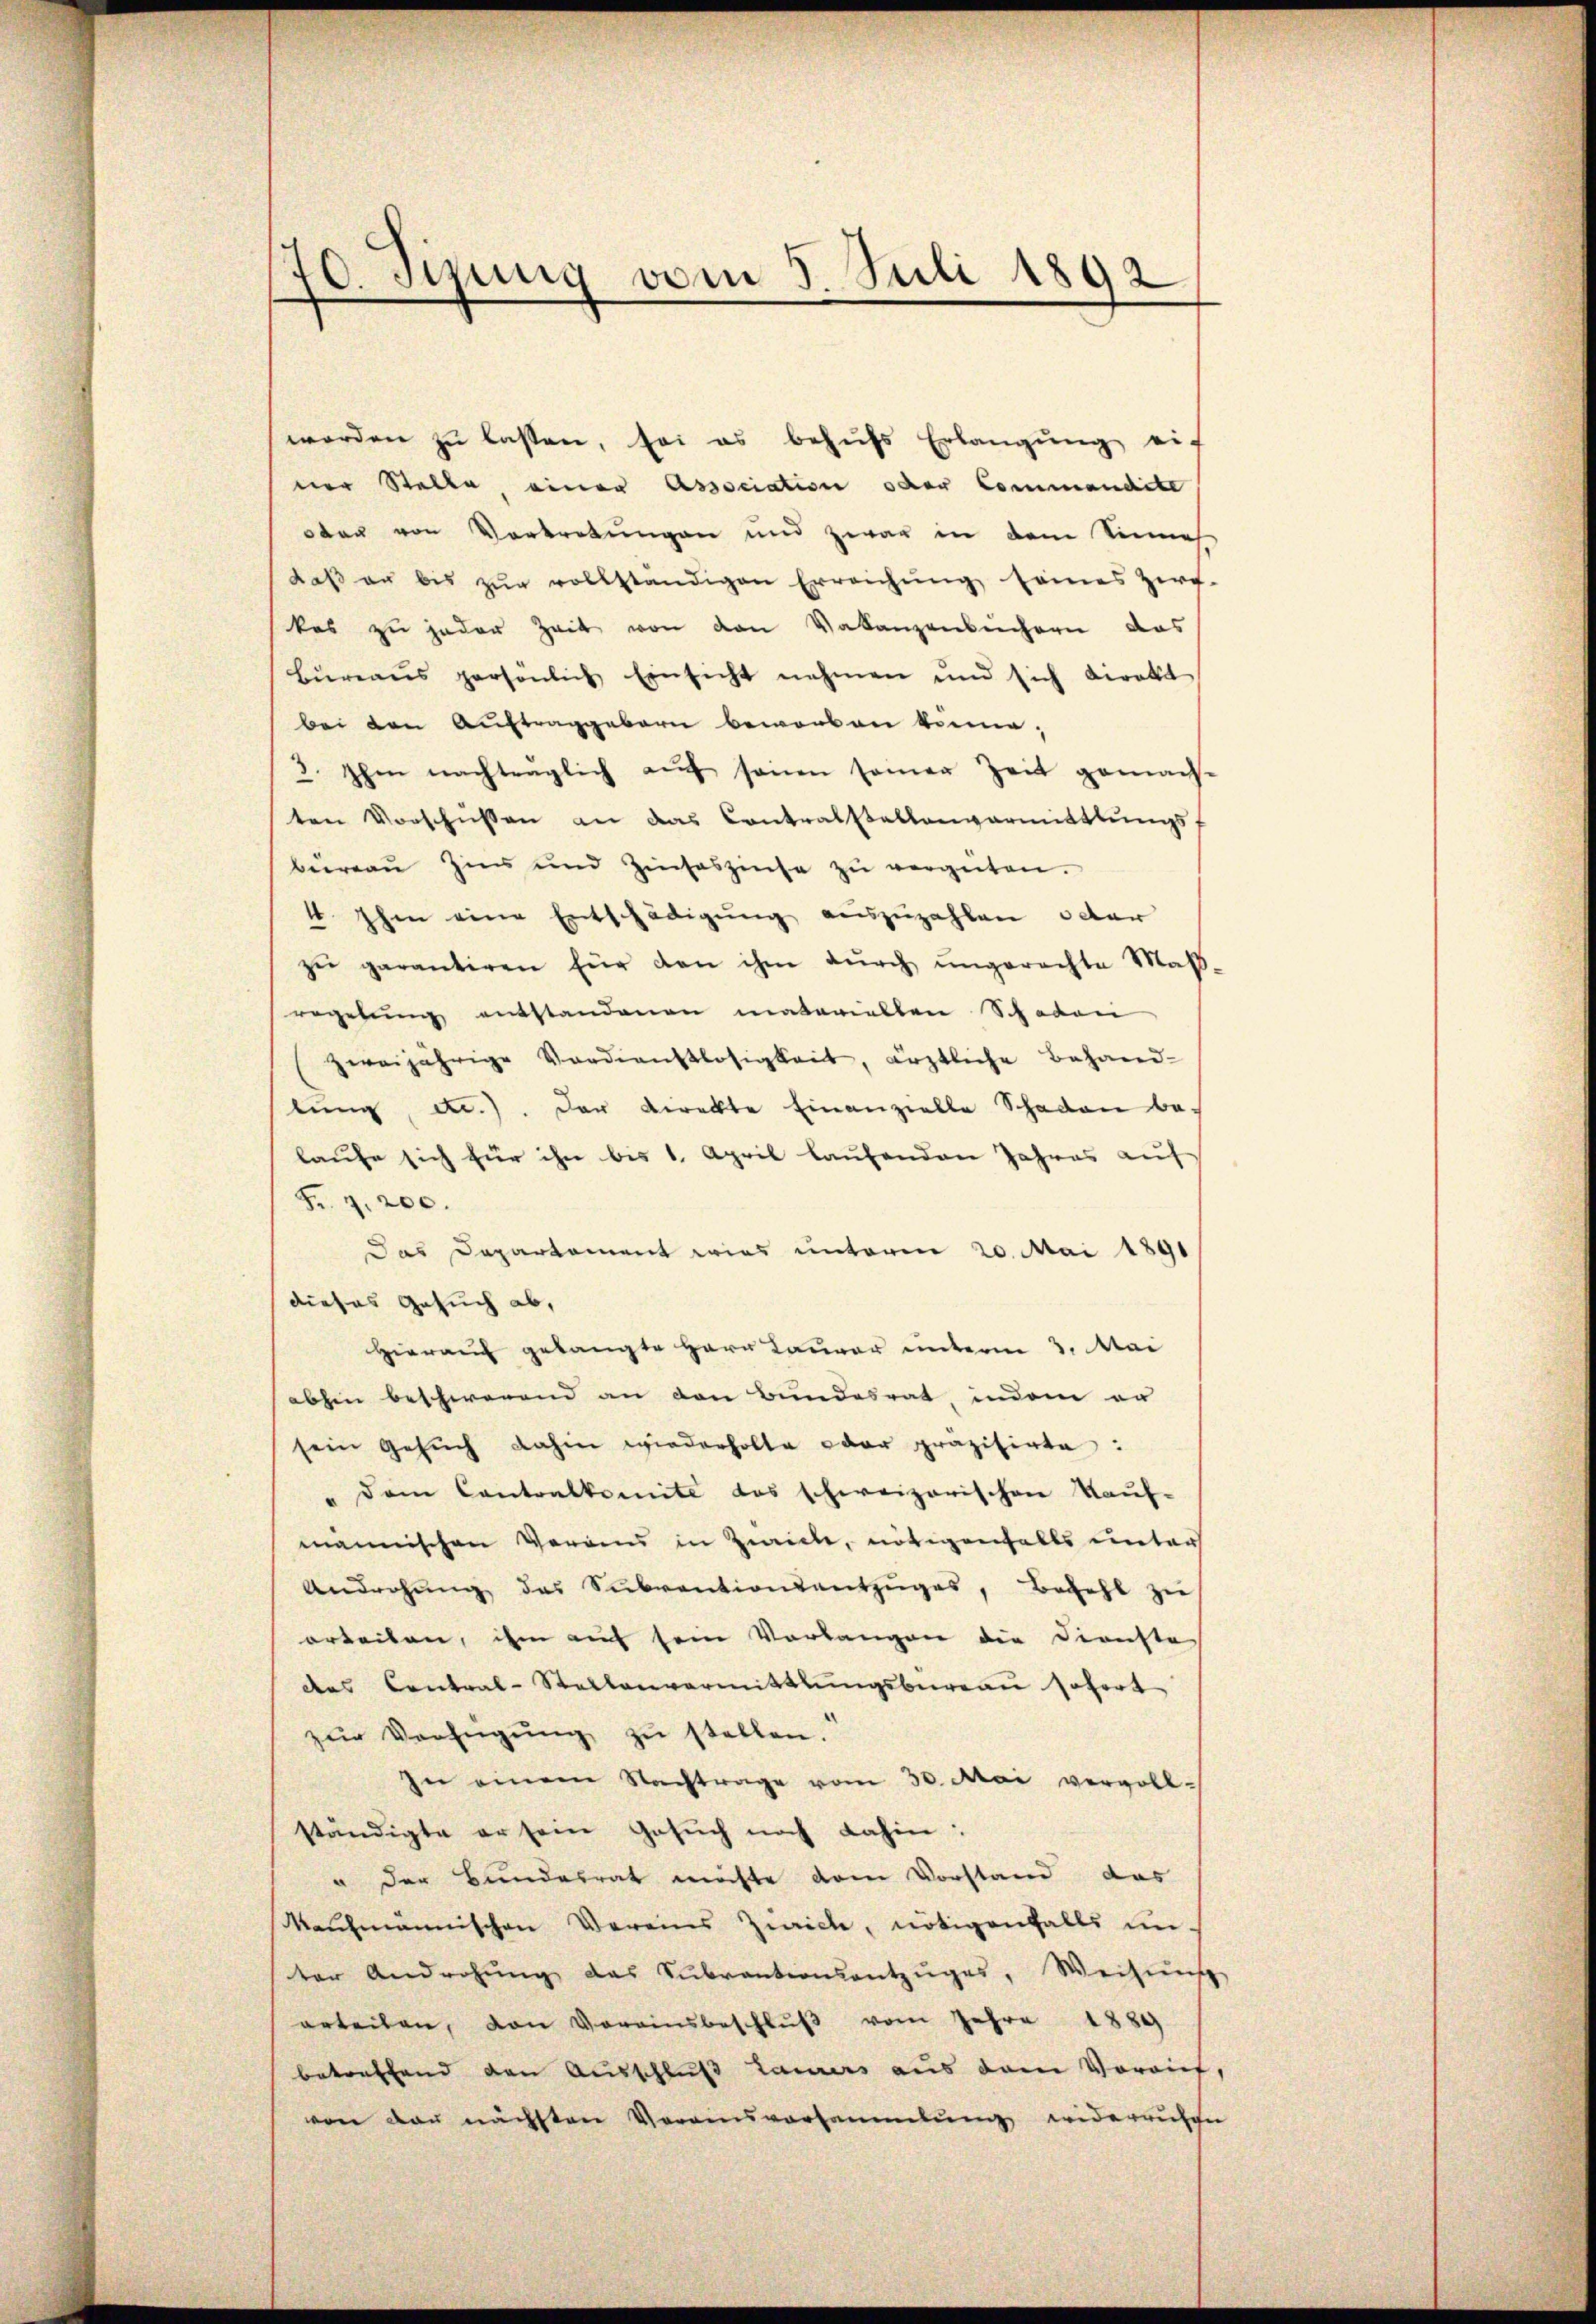
10. Jung vom 5. Juli 1892

worden zu lassen, sei es behufs Erlangung eif
ner Stelle, einer Association oder Commandite
oten von Vortretungen und zwar in dem Sinnes
daβ er bis zŭr vollständigen Erreichŭng seines Zirf-
kos zu jeder Zeit von den Valanzenbüchern das
Büreaŭs persönlich Einsicht nehmen und sich direkt
bei den Auftraggebern beworben könne;
3. Ihm nachträglich auf seinen seiner Zeit gemacht
ten Vorschüssen an das Contralstellenvermittlungsbureau Zins und Zinseszinse zŭ vergüten.
4 Ihm eine Entschädigung auszuzahlen oder
zie garantiren für den ihm dŭrch ŭngerechte Maβ-
regelung entstandenen materiellen Schaden
zweijährige Verdienstlosigkeit, ärztliche Behand-
lŭng etc.). Der Direkte Einanzielle Schaden belaufe sich für ihn bis 1. April laufenden Jahres auf
Fr. 9. 200.
Das Departement wies unterm 20. Mai 1891
dieses Gesuch ab,
Hierauf gelangte Herr Laurer unterm 3. Mai
abhin beschwerend an den Bundesrat, indem er
sein Gesŭch dahin wiederholte oder präzisirte:
" dem Contralkomite das schweizerischen Kauf-
männischen Voran in Zwicke, nötigenfalls unter
Androhŭng des Sŭbventionsantzŭges, bezahl zu
orteilen, ihm auf sein Vorlangen die Dienste
das Contral-Stellenvermittlungsbureau sofort
zŭr Verfügŭng zŭ stellen.
In einem Nachtrage vom 30. Mai vervoll-
ständigte er sein Gesuch noch dahin:
" der Bundesrat möchte vom Vorstand das
kaufmannischen Vereins Zürich, nötigenfalls un-
ter Androhŭng das Sŭbrantionsantzŭges, Weisŭng
erteilen, von Voreinsbeschlŭβ vom Jahre 1889
betreffend den Ausschluβ Laurers aus dem Vorauf,
von der nächsten Vorainsvorsammlung widerrufen